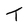
Character: T